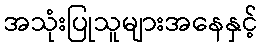
အသုံးပြုသူများအနေနှင့်